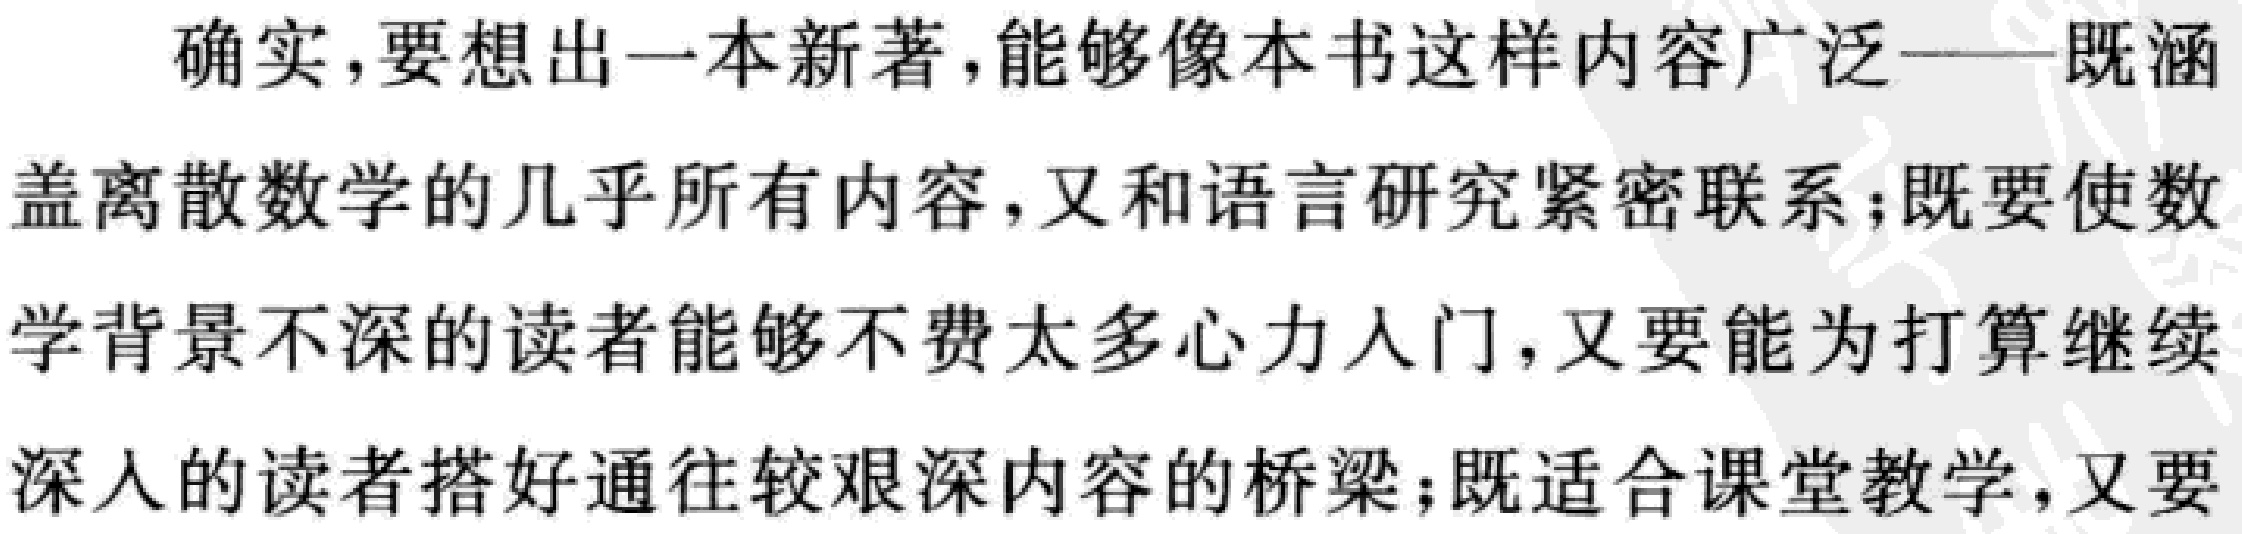
确实，要想出一本新著，能够像本书这样内容广泛——既涵盖离散数学的几乎所有内容，又和语言研究紧密联系；既要使数学背景不深的读者能够不费太多心力入门，又要能为打算继续深入的读者搭好通往较艰深内容的桥梁；既适合课堂教学，又要